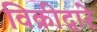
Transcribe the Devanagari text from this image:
विक्रीद्वारे